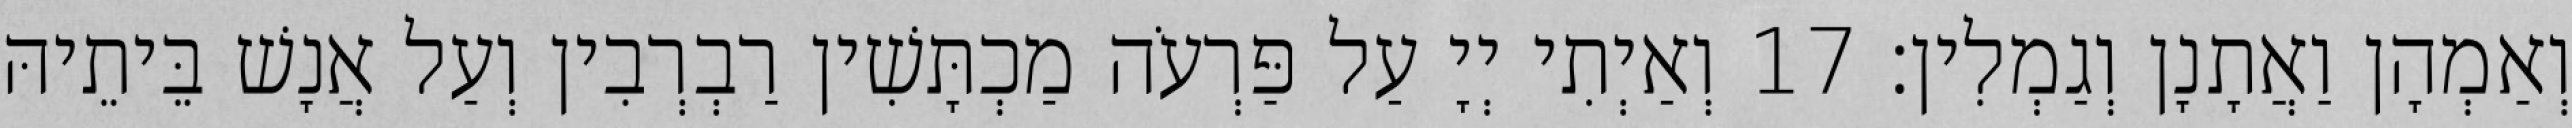
וְאַמְהָן וַאֲתָנָן וְגַמְלִין׃ 17 וְאַיְתִי יְיָ עַל פַּרְעֹה מַכְתָּשִׁין רַבְרְבִין וְעַל אֲנָשׁ בֵּיתֵיהּ